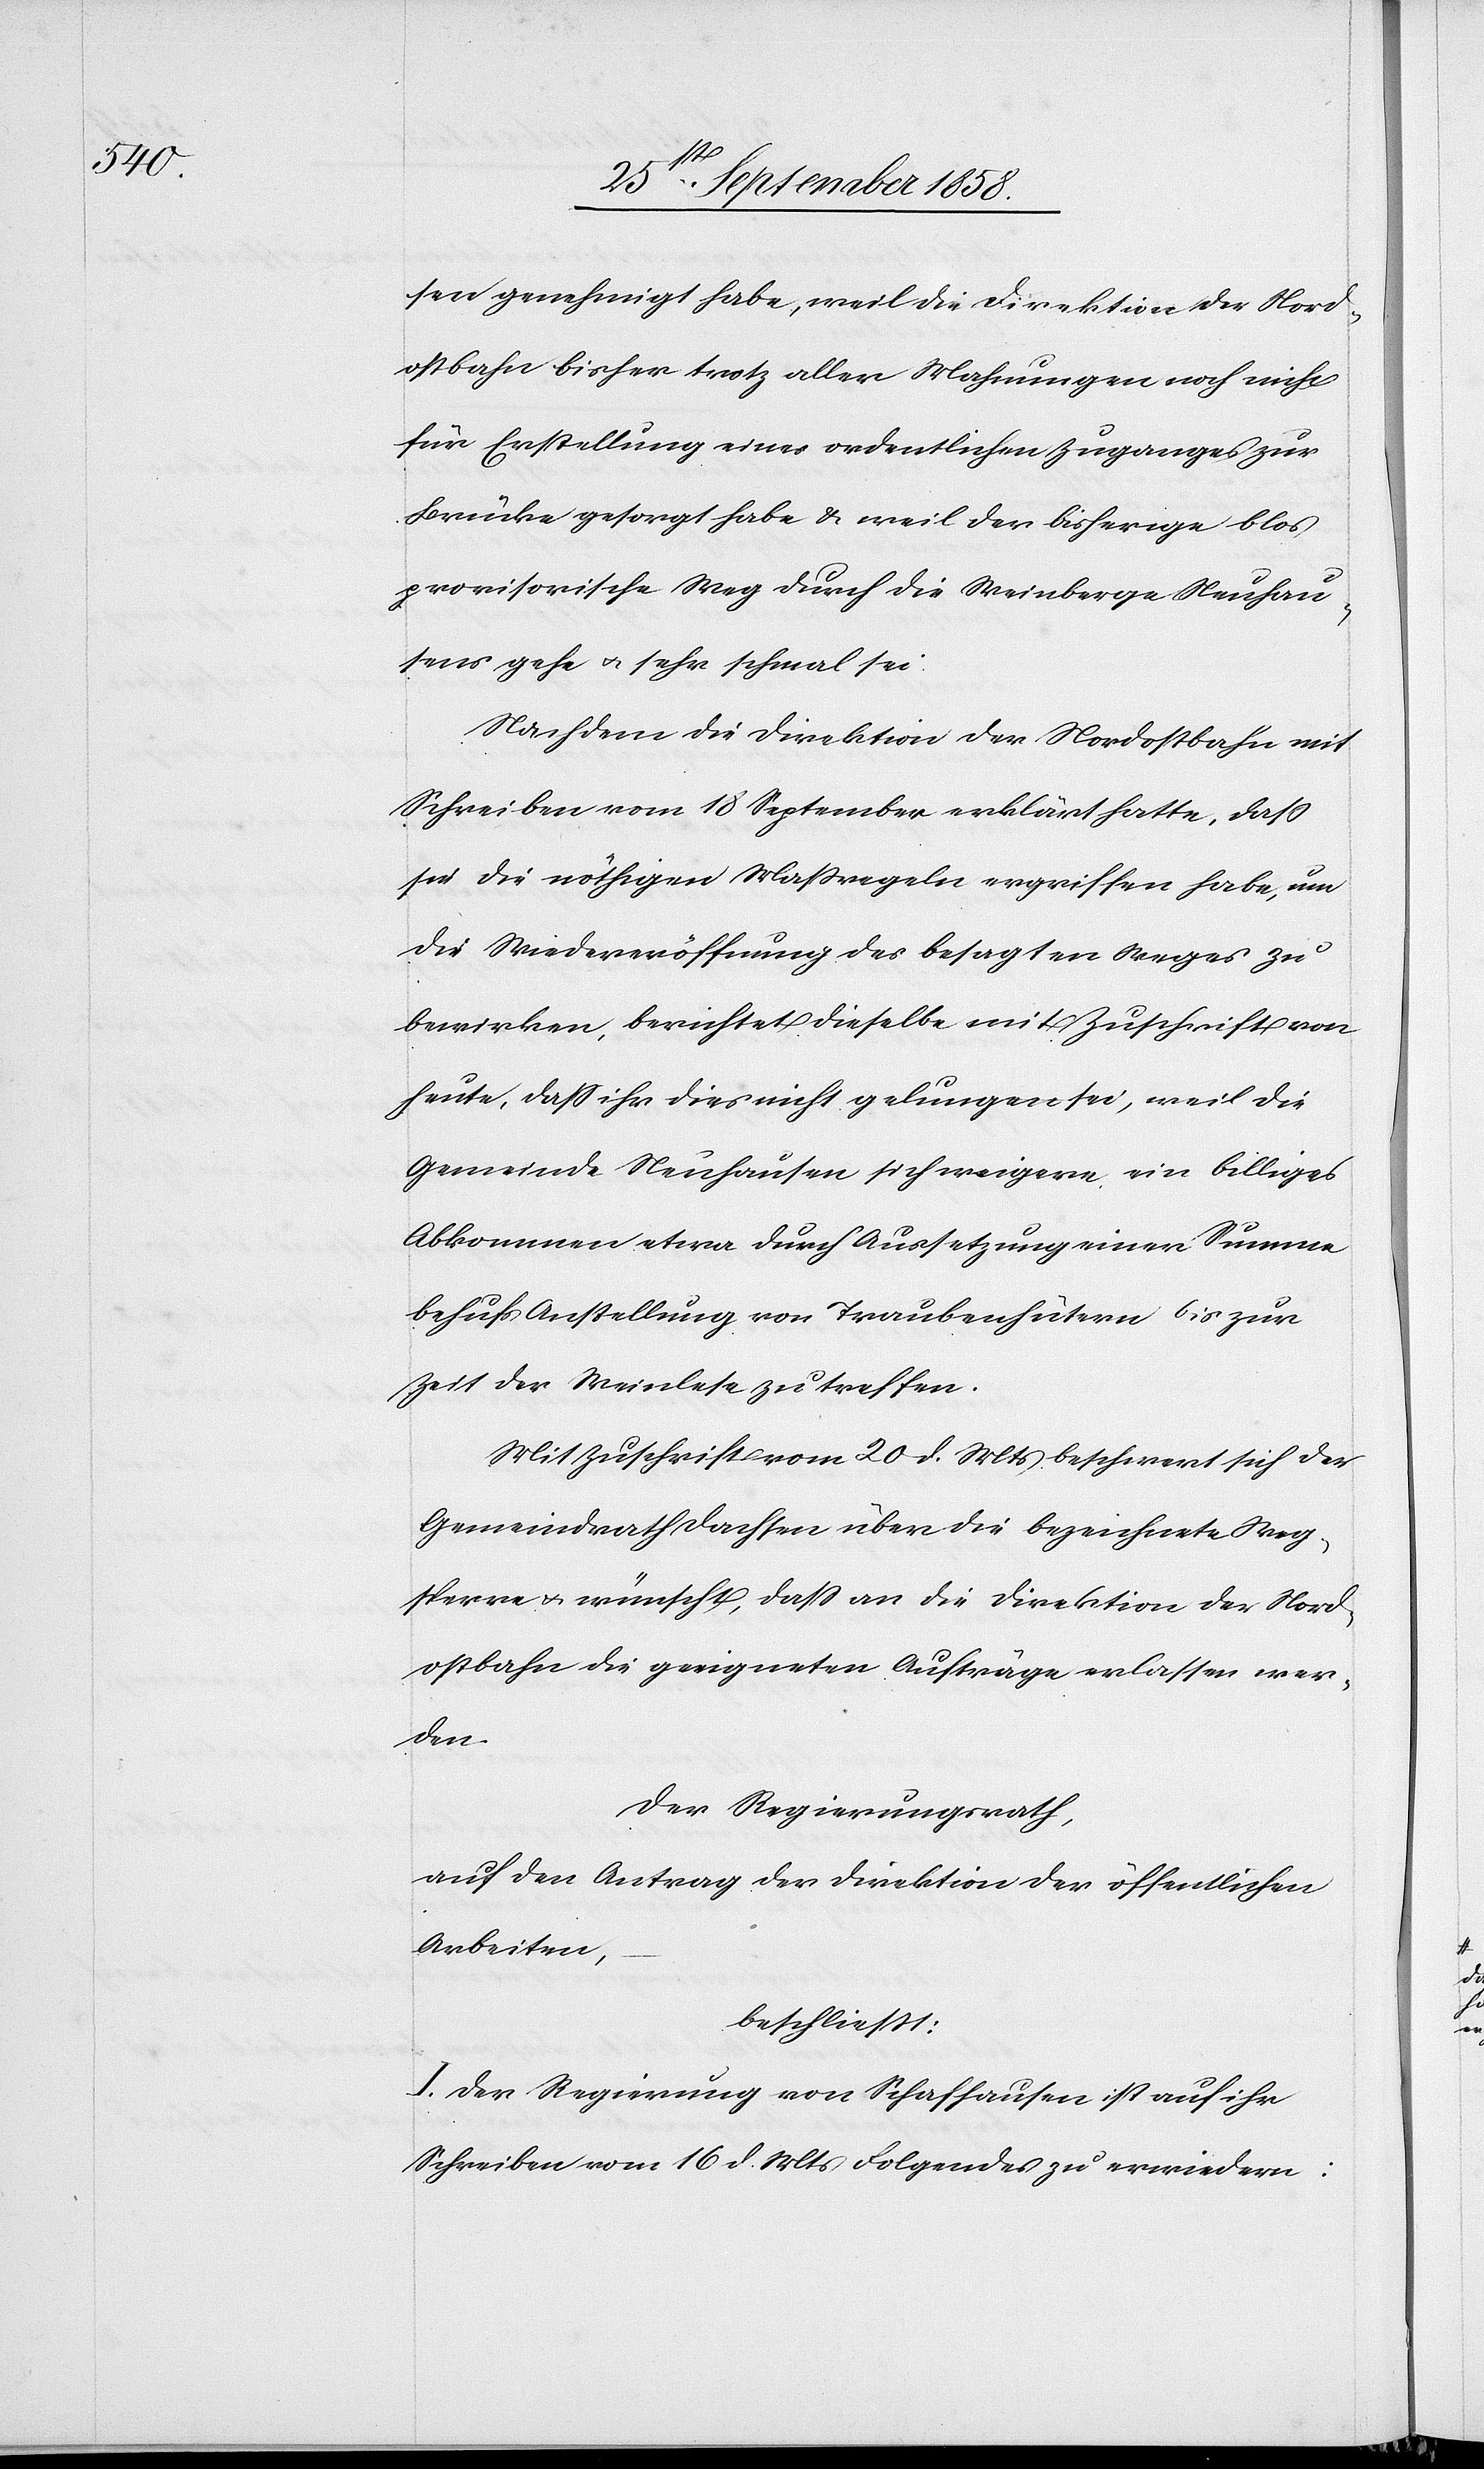
sen genehmigt habe, weil die Direktion der Nord¬
ostbahn bisher trotz aller Mahnungen noch nicht
für Erstellung eines ordentlichen Zuganges zur
Brücke gesorgt habe & weil der bisherige blos
provisorische Weg durch die Weinberge Neuhau¬
sens gehe & sehr schmal sei.
Nachdem die Direktion der Nordostbahn mit
Schreiben vom 18 September erklärt hatte, dass
sie die nöthigen Massregeln ergriffen habe, um
die Wiedereröffnung des besagten Weges zu
bewirken, berichtet dieselbe mit Zuschrift von
heute, dass ihr dies nicht gelungen sei, weil die
Gemeinde Neuhausen sich weigere ein billiges
Abkommen etwa durch Aussetzung einer Summe
behufs Anstellung von Traubenhütern bis zur
Zeit der Weinlese zu treffen.
Mit Zuschrift vom 20 d. Mts beschwert sich der
Gemeindrath Dachsen über die bezeichnete Weg¬
sperre & wünscht, dass an die Direktion der Nord¬
ostbahn die geeigneten Aufträge erlassen wer¬
den.
Der Regierungsrath,
auf den Antrag der Direktion der öffentlichen
Arbeiten,
beschließt:
I. Der Regierung von Schaffhausen ist auf ihr
Schreiben vom 16 d. Mts Folgendes zu erwiedern: